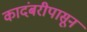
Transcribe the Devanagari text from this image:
कादंबरीपासून